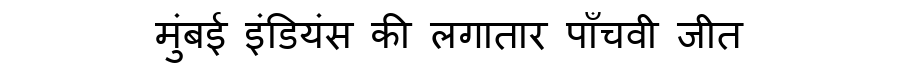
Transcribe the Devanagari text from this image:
मुंबई इंडियंस की लगातार पाँचवी जीत